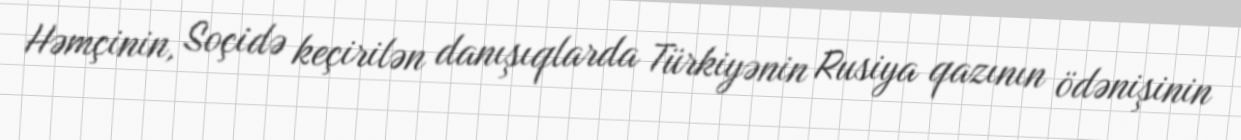
Həmçinin, Soçidə keçirilən danışıqlarda Türkiyənin Rusiya qazının ödənişinin